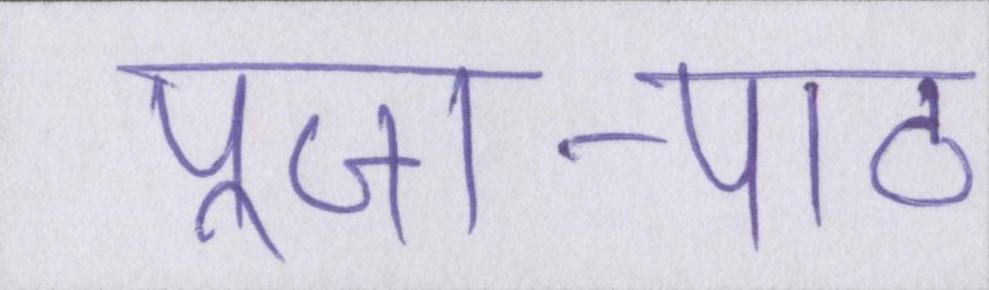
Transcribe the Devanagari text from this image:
पूजा-पाठ